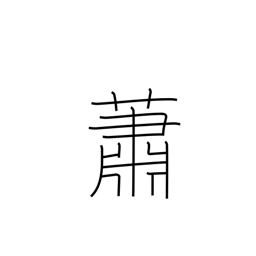
Meaning: calm